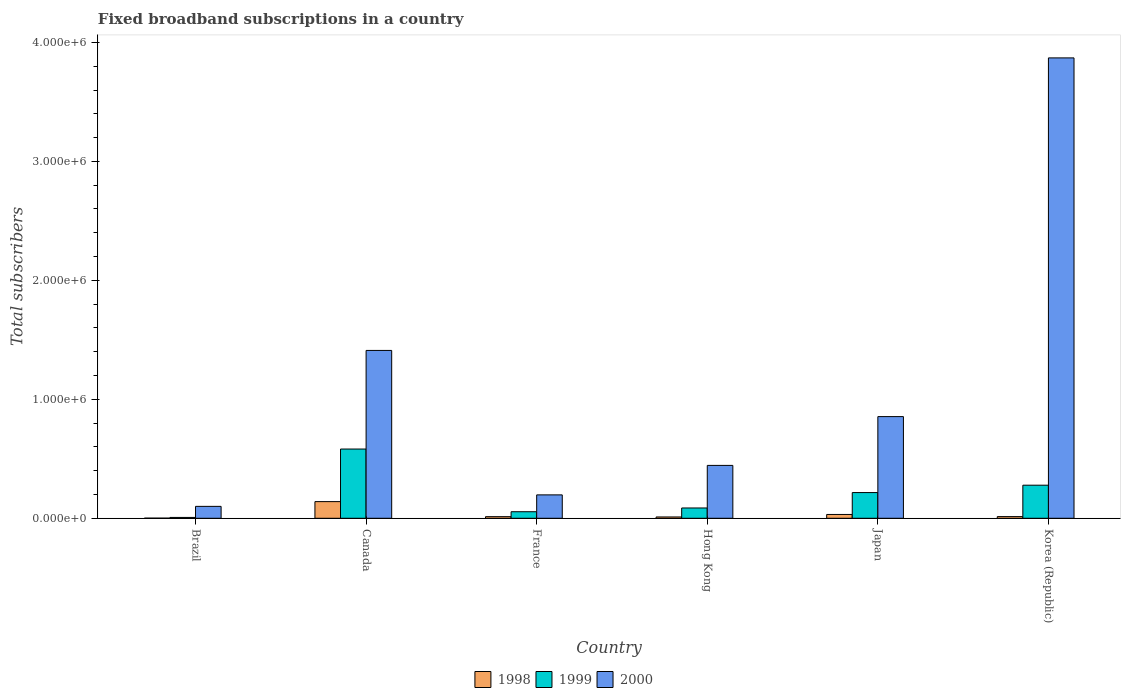
| Country | 1998 | 1999 | 2000 |
 | --- | --- | --- | --- |
 | Brazil | 1e+03 | 7e+03 | 1e+05 |
 | Canada | 1.4e+05 | 5.82e+05 | 1.41e+06 |
 | France | 1.35e+04 | 5.5e+04 | 1.97e+05 |
 | Hong Kong | 1.1e+04 | 8.65e+04 | 4.44e+05 |
 | Japan | 3.2e+04 | 2.16e+05 | 8.55e+05 |
 | Korea (Republic) | 1.4e+04 | 2.78e+05 | 3.87e+06 |